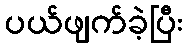
ပယ်ဖျက်ခဲ့ပြီး